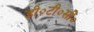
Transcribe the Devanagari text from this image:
डी०टी०सी०